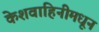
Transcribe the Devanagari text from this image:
केशवाहिनीमधून